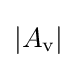
\left|A_{\text{v}}\right|